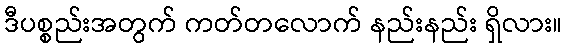
ဒီပစ္စည်းအတွက် ကတ်တလောက် နည်းနည်း ရှိလား။